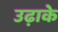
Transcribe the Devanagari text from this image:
उढ़ाके